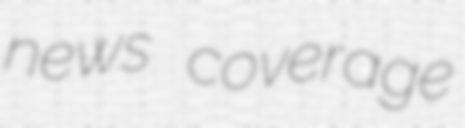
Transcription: news coverage